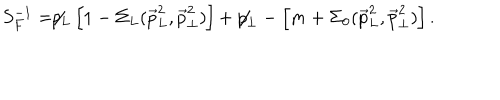
S _ { F } ^ { - 1 } = \not \! \! p _ { L } \left[ 1 - \Sigma _ { L } ( { \vec { p } } _ { L } ^ { 2 } , { \vec { p } } _ { \perp } ^ { 2 } ) \right] + \not \! \! p _ { \perp } - \left[ m + \Sigma _ { 0 } ( { \vec { p } } _ { L } ^ { 2 } , { \vec { p } } _ { \perp } ^ { 2 } ) \right] .